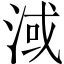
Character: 淢